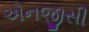
એનજીસી